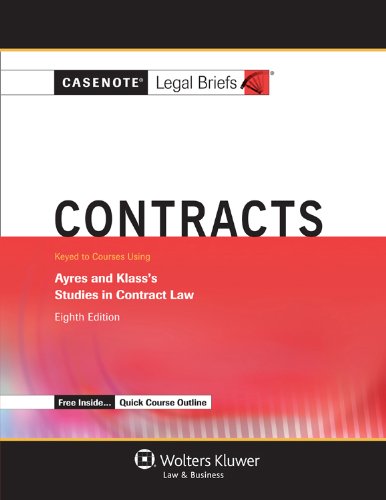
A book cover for Casenotes Legal Briefs: Contracts, Keyed to Ayres & Klass, Eighth Edition (Casenote Legal Briefs); Casenote Legal Briefs; Law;